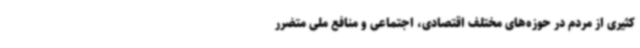
کثیری از مردم در حوزه‌های مختلف اقتصادی، اجتماعی و منافع ملی متضرر